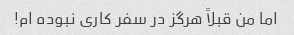
اما من قبلاً هرگز در سفر کاری نبوده ام!